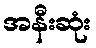
အနီးဆုံး